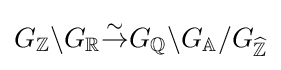
G_{\mathbb {Z} }\backslash G_{\mathbb {R} }{\overset {\sim }{\to }}G_{\mathbb {Q} }\backslash G_{\mathbb {A} }/G_{\widehat {\mathbb {Z} }}